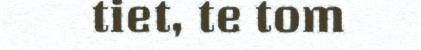
tiet, te tom